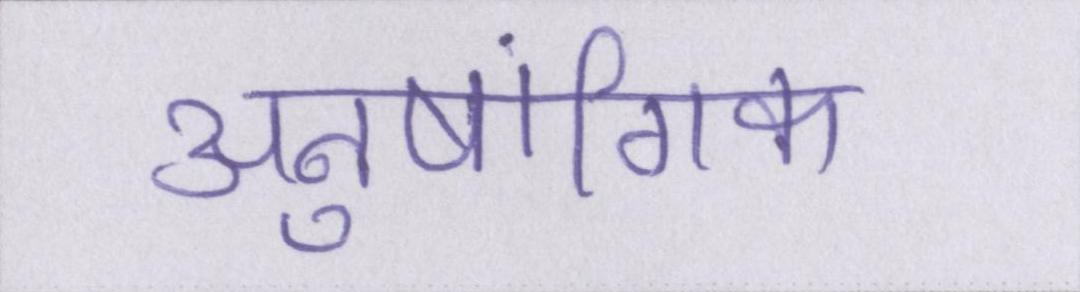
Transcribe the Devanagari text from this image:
अनुषांगिक